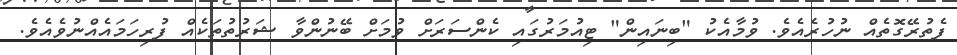
ފެތުރޭގޮތެއް ނުހުރެއެވެ. ވުމާއެކު "ބިނައިން" ޓިއުމަރުގައި ކެންސަރަށް ވުމަށް ބޭނުންވާ ޝަރުތުތަކެއް ފުރިހަމައެއްނުވެއެވެ.